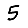
Digit: 5